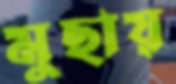
মুছায়